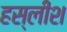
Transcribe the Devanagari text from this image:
हस्लीश